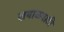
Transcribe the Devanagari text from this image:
खबाळपाटी